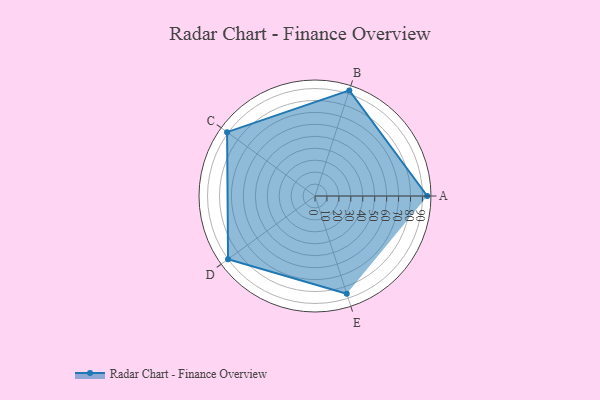
{"axis": {"x": "Skill", "y": "Score"}, "legend": ["Profile"], "data": [{"x": "A", "y": 94.0, "type": "Profile"}, {"x": "B", "y": 93.0, "type": "Profile"}, {"x": "C", "y": 91.0, "type": "Profile"}, {"x": "D", "y": 90.0, "type": "Profile"}, {"x": "E", "y": 86.0, "type": "Profile"}]}